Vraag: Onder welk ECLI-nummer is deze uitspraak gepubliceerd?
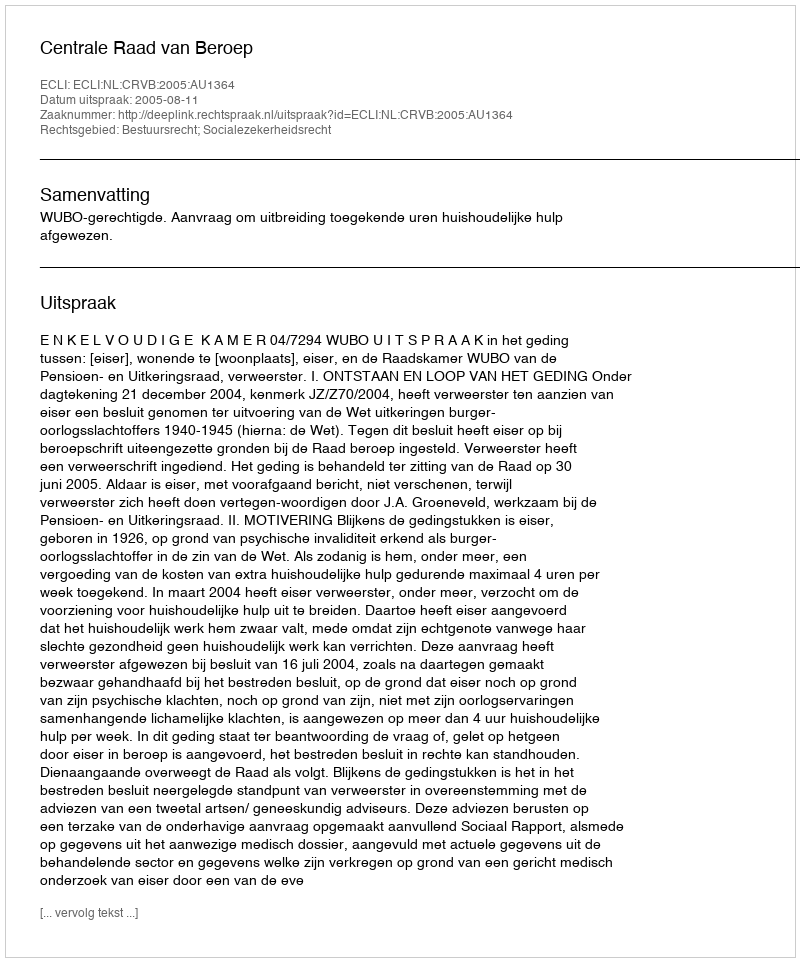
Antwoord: ECLI:NL:CRVB:2005:AU1364